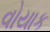
વોયાક